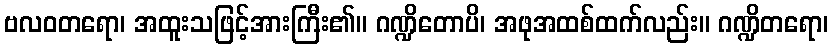
ဗလဝတရော၊ အထူးသဖြင့်အားကြီး၏။ ဂဏ္ဍိတောပိ၊ အဖုအထစ်ထက်လည်း။ ဂဏ္ဍိတရော၊